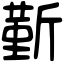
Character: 𣂼